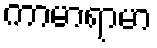
ကာမာရာမာ